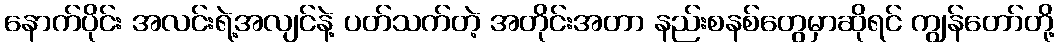
နောက်ပိုင်း အလင်းရဲ့အလျင်နဲ့ ပတ်သက်တဲ့ အတိုင်းအတာ နည်းစနစ်တွေမှာဆိုရင် ကျွန်တော်တို့